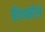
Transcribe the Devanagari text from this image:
हिचकौले